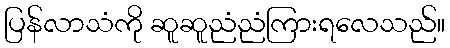
ပြန်လာသံကို ဆူဆူညံညံကြားရလေသည်။